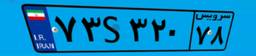
۷۳S۳۲۰۷۸